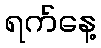
ရက်နေ့